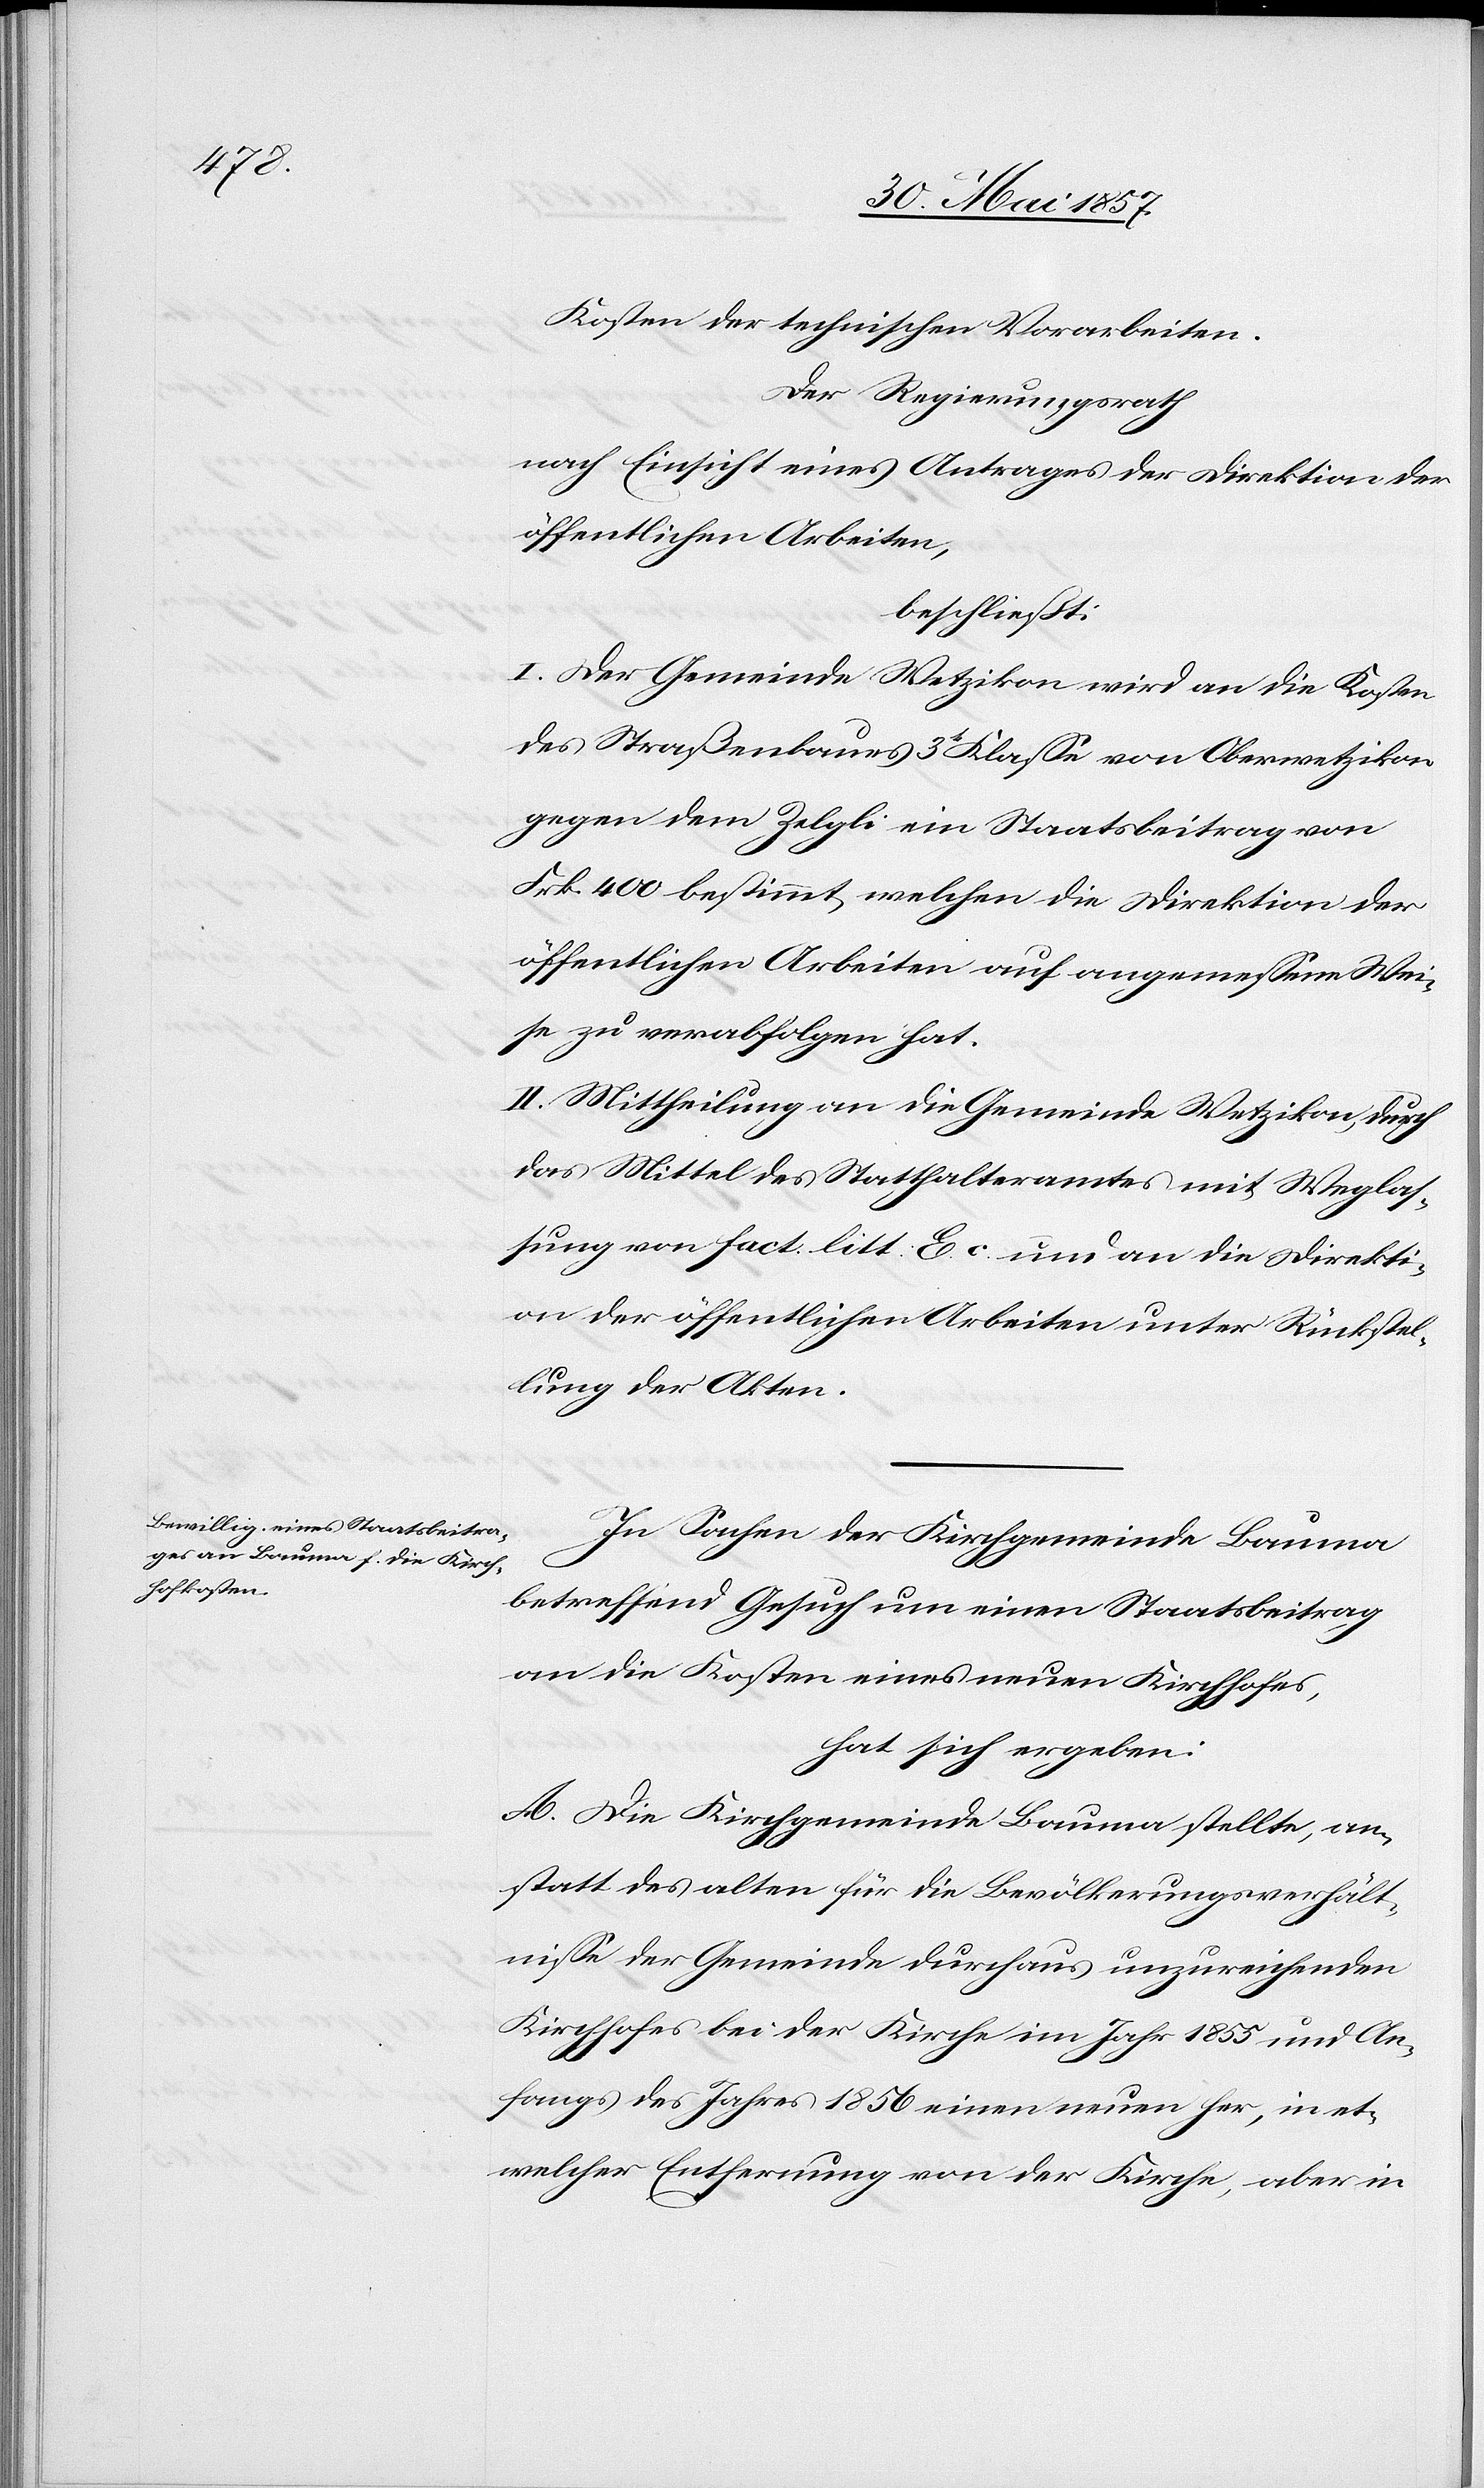
Kosten der technischen Vorarbeiten.
Der Regierungsrath,
nach Einsicht eines Antrages der Direktion der
öffentlichen Arbeiten,
beschließt:
I. Der Gemeinde Wetzikon wird an die Kosten
des Straßenbaues 3t Klasse von Oberwetzikon
gegen dem Zelgli ein Staatsbeitrag von
Frk. 400 bestimmt, welchen die Direktion der
öffentlichen Arbeiten auf angemessene Wei¬
se zu verabfolgen hat.
II. Mittheilung an die Gemeinde Wetzikon, durch
das Mittel des Statthalteramtes mit Weglas¬
sung von fact. litt: E c und an die Direkti¬
on der öffentlichen Arbeiten unter Rückstel¬
lung der Akten.
In Sachen der Kirchgemeinde Bauma
betreffend Gesuch um einen Staatsbeitrag
an die Kosten eines neuen Kirchhofes,
hat sich ergeben:
A. Die Kirchgemeinde Bauma stellte, an¬
statt des alten für die Bevölkerungsverhält¬
nisse der Gemeinde durchaus unzureichenden
Kirchhofes bei der Kirche im Jahr 1855 und An¬
fangs des Jahres 1856 einen neuen her, in et¬
welcher Entfernung von der Kirche, aber in